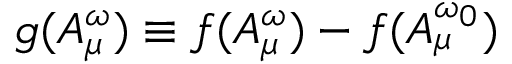
g ( A _ { \mu } ^ { \omega } ) \equiv f ( A _ { \mu } ^ { \omega } ) - f ( A _ { \mu } ^ { \omega _ { 0 } } )